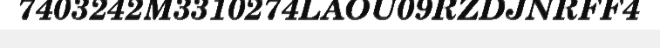
7403242M3310274LAOU09RZDJNRFF4